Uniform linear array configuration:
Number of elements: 4
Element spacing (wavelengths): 1
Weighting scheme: exponential
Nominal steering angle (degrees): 15
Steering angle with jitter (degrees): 15.97
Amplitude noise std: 0.05
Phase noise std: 0.05

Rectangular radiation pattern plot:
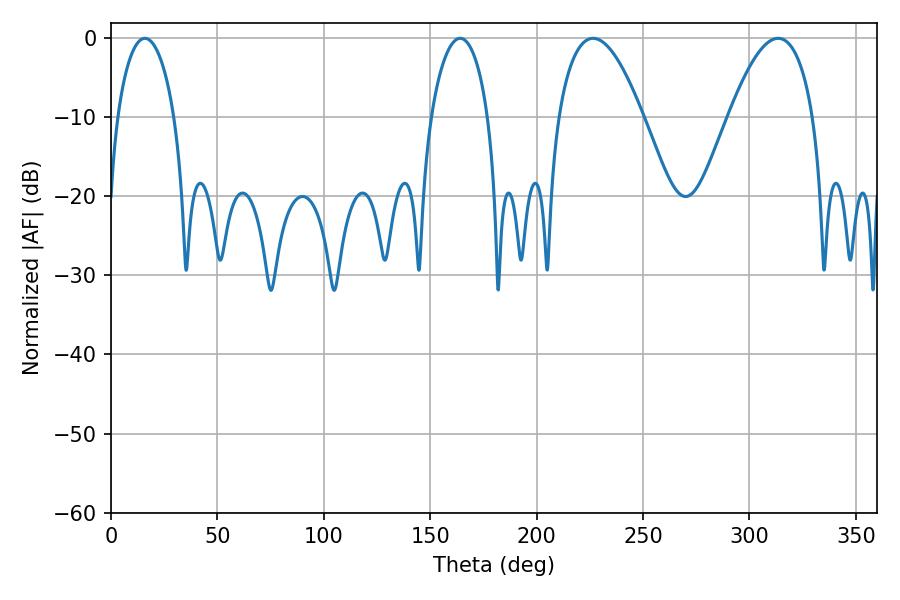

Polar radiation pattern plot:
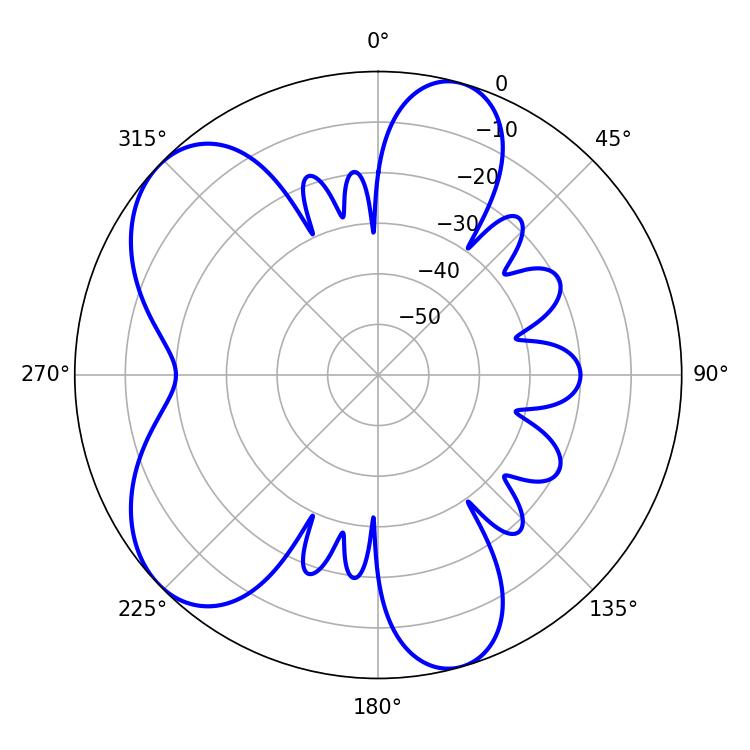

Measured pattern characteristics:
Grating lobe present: TRUE
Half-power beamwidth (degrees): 21.96
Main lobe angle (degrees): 226.44